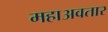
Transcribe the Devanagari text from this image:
महाअवतार